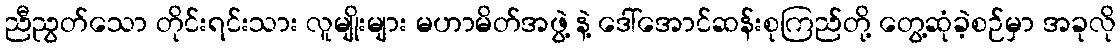
ညီညွတ်သော တိုင်းရင်းသား လူမျိုးများ မဟာမိတ်အဖွဲ့ နဲ့ ဒေါ်အောင်ဆန်းစုကြည်တို့ တွေ့ဆုံခဲ့စဉ်မှာ အခုလို